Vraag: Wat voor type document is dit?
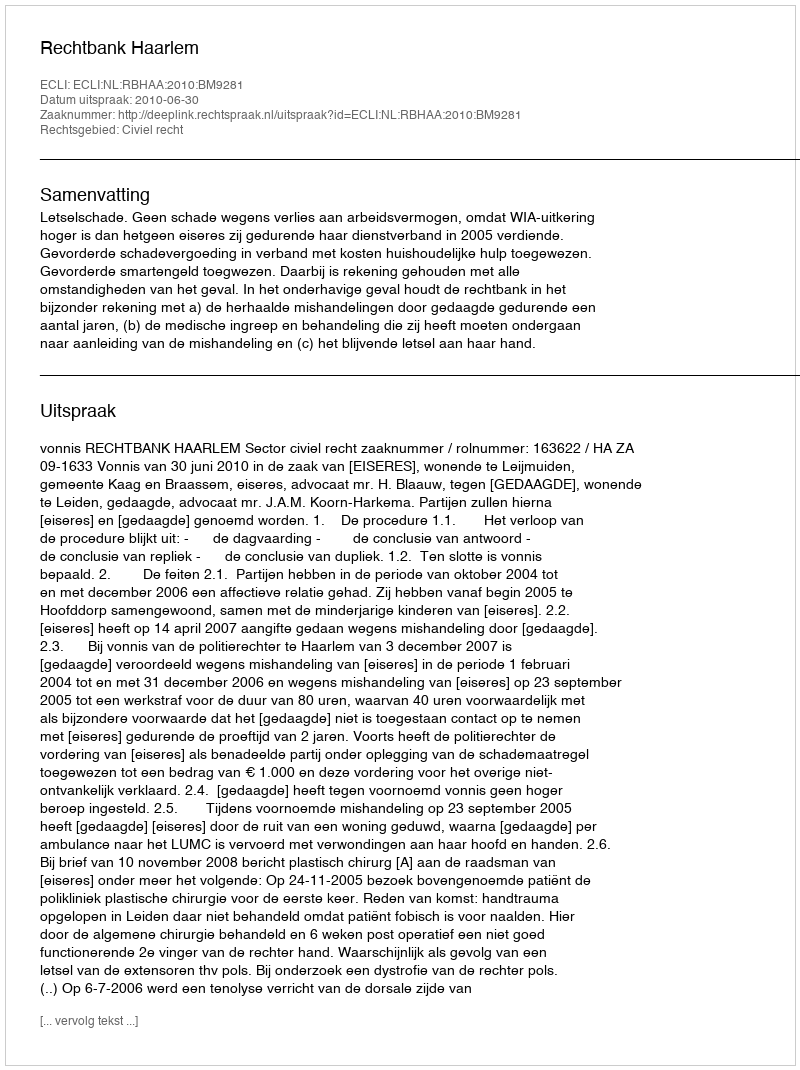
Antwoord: Uitspraak